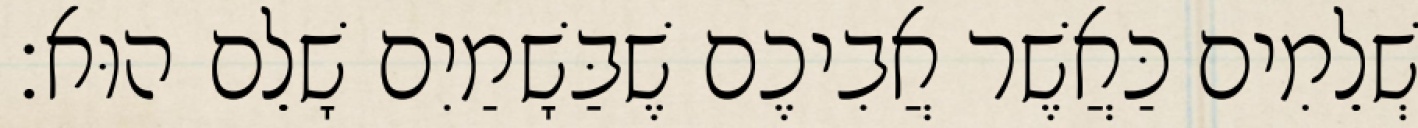
שְׁלֵמִים כַּאֲשֶׁר אֲבִיכֶם שֶׁבַּשָׁמַיִם שָׁלֵם הוּא׃